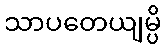
သာပတေယျမ္ပိ